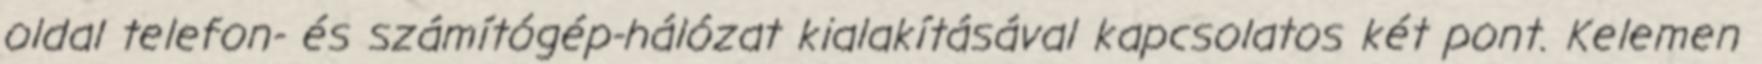
oldal telefon- és számítógép-hálózat kialakításával kapcsolatos két pont. Kelemen